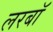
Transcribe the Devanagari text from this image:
लरबॉ